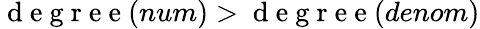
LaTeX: \mathrm{~d~e~g~r~e~e~}(num)>\mathrm{~d~e~g~r~e~e~}(denom)